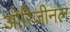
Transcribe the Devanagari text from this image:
ओरिजीनल